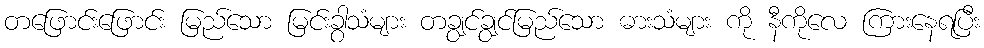
တဖြောင်းဖြောင်း မြည်သော မြင်းခွာသံများ တချွင်ချွင်မြည်သော ဓားသံများ ကို နီကိုလေ ကြားနေရပြီး